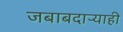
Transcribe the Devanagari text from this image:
जबाबदाऱ्याही